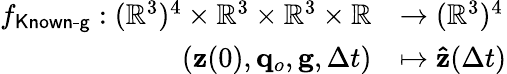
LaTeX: \begin{array}{rl}{f_{\textsf{Known-g}}:(\mathbb R^{3})^{4}\times\mathbb{R}^{3}\times\mathbb{R}^{3}\times\mathbb R}&{\to(\mathbb R^{3})^{4}}\\ {(\mathbf{z}(0),\mathbf{q}_{o},\mathbf{g},\Delta t)}&{\mapsto\mathbf{\hat{z}}(\Delta t)}\end{array}